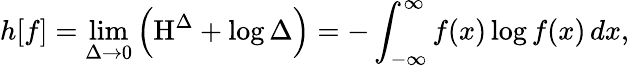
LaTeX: h[f]=\operatorname*{lim}_{\Delta\to 0}\left(\mathrm{H}^{\Delta}+\log\Delta\right)=-\int_{-\infty}^{\infty}f(x)\log f(x)\, dx,